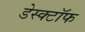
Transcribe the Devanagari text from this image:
डेस्क्टॉफ